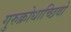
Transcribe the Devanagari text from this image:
गुरुक्रोधाच्छिवो